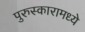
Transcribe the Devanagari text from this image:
पुरुस्कारामध्ये